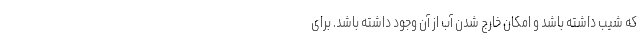
که شیب داشته باشد و امکان خارج شدن آب از آن وجود داشته باشد. برای